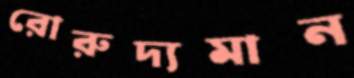
রোরুদ্যমান